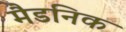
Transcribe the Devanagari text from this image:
मैडनिक